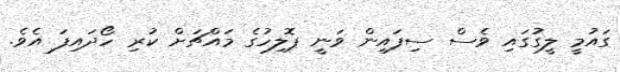
ގައުމީ ލީގުގައި ވެސް ސިފައިން ވަނީ ޕޮލިހުގެ މައްޗަށް ކުރި ހޯދައިފަ އެވެ.